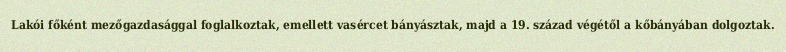
Lakói főként mezőgazdasággal foglalkoztak, emellett vasércet bányásztak, majd a 19. század végétől a kőbányában dolgoztak.